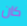
كان